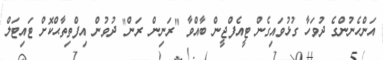
އަންހެނުންގެ ދުވަހާ ގުޅުވައިގެން ޓީއެފްޖީން ބާއްވާ "ރަނިން ރަން" ދުވުން އިފްތިތާޙްކޮށް ޓައިޓަލް